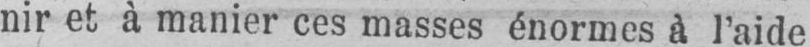
nir et à manier ces masses énormes à l’aide